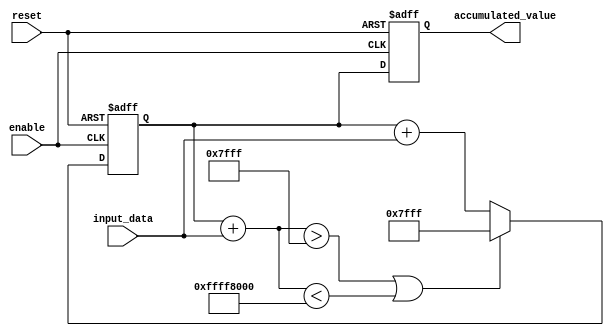
module accumulator (
    input wire [DATA_WIDTH-1:0] input_data,
    input wire reset,
    input wire enable,
    output reg [ACCUM_WIDTH-1:0] accumulated_value
);

parameter ACCUM_WIDTH = 16;
parameter DATA_WIDTH = 8;
parameter MAX_VALUE = 2**(ACCUM_WIDTH-1) - 1;
parameter MIN_VALUE = -2**(ACCUM_WIDTH-1);

reg [ACCUM_WIDTH-1:0] temp_accum;

always @ (posedge enable or posedge reset) begin
    if (reset) begin
        temp_accum <= 0;
    end else begin
        if (temp_accum + input_data > MAX_VALUE || temp_accum + input_data < MIN_VALUE) begin
            temp_accum <= MAX_VALUE;
        end else begin
            temp_accum <= temp_accum + input_data;
        end
    end
end

always @ (posedge enable or posedge reset) begin
    if (reset) begin
        accumulated_value <= 0;
    end else begin
        accumulated_value <= temp_accum;
    end
end

endmodule